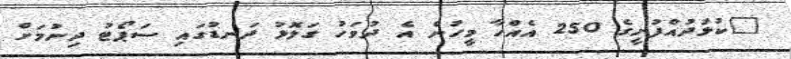
"ކުޅުދުއްފުށީގެ 250 އެއްހާ މީހުން އެ ދުވަހު ގަލޮޅު ދަނޑުގައި ސަޕޯޓު ދިނުމަށް